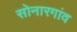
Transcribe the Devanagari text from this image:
सोनारगांव